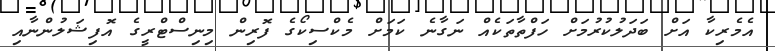
އެމެރިކާ އަށް ބަދަލުކުރުމަށް ހަފްތާތަކެއް ނަގާނެ ކަމަށް މެކްސިިކޯގެ ފޮރިން މިނިސްޓްރީގެ އޮފިޝަލުންނާއި